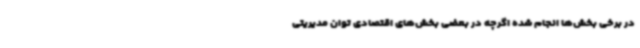
در برخی بخش‌ها انجام شده اگرچه در بعضی بخش‌های اقتصادی توان مدیریتی